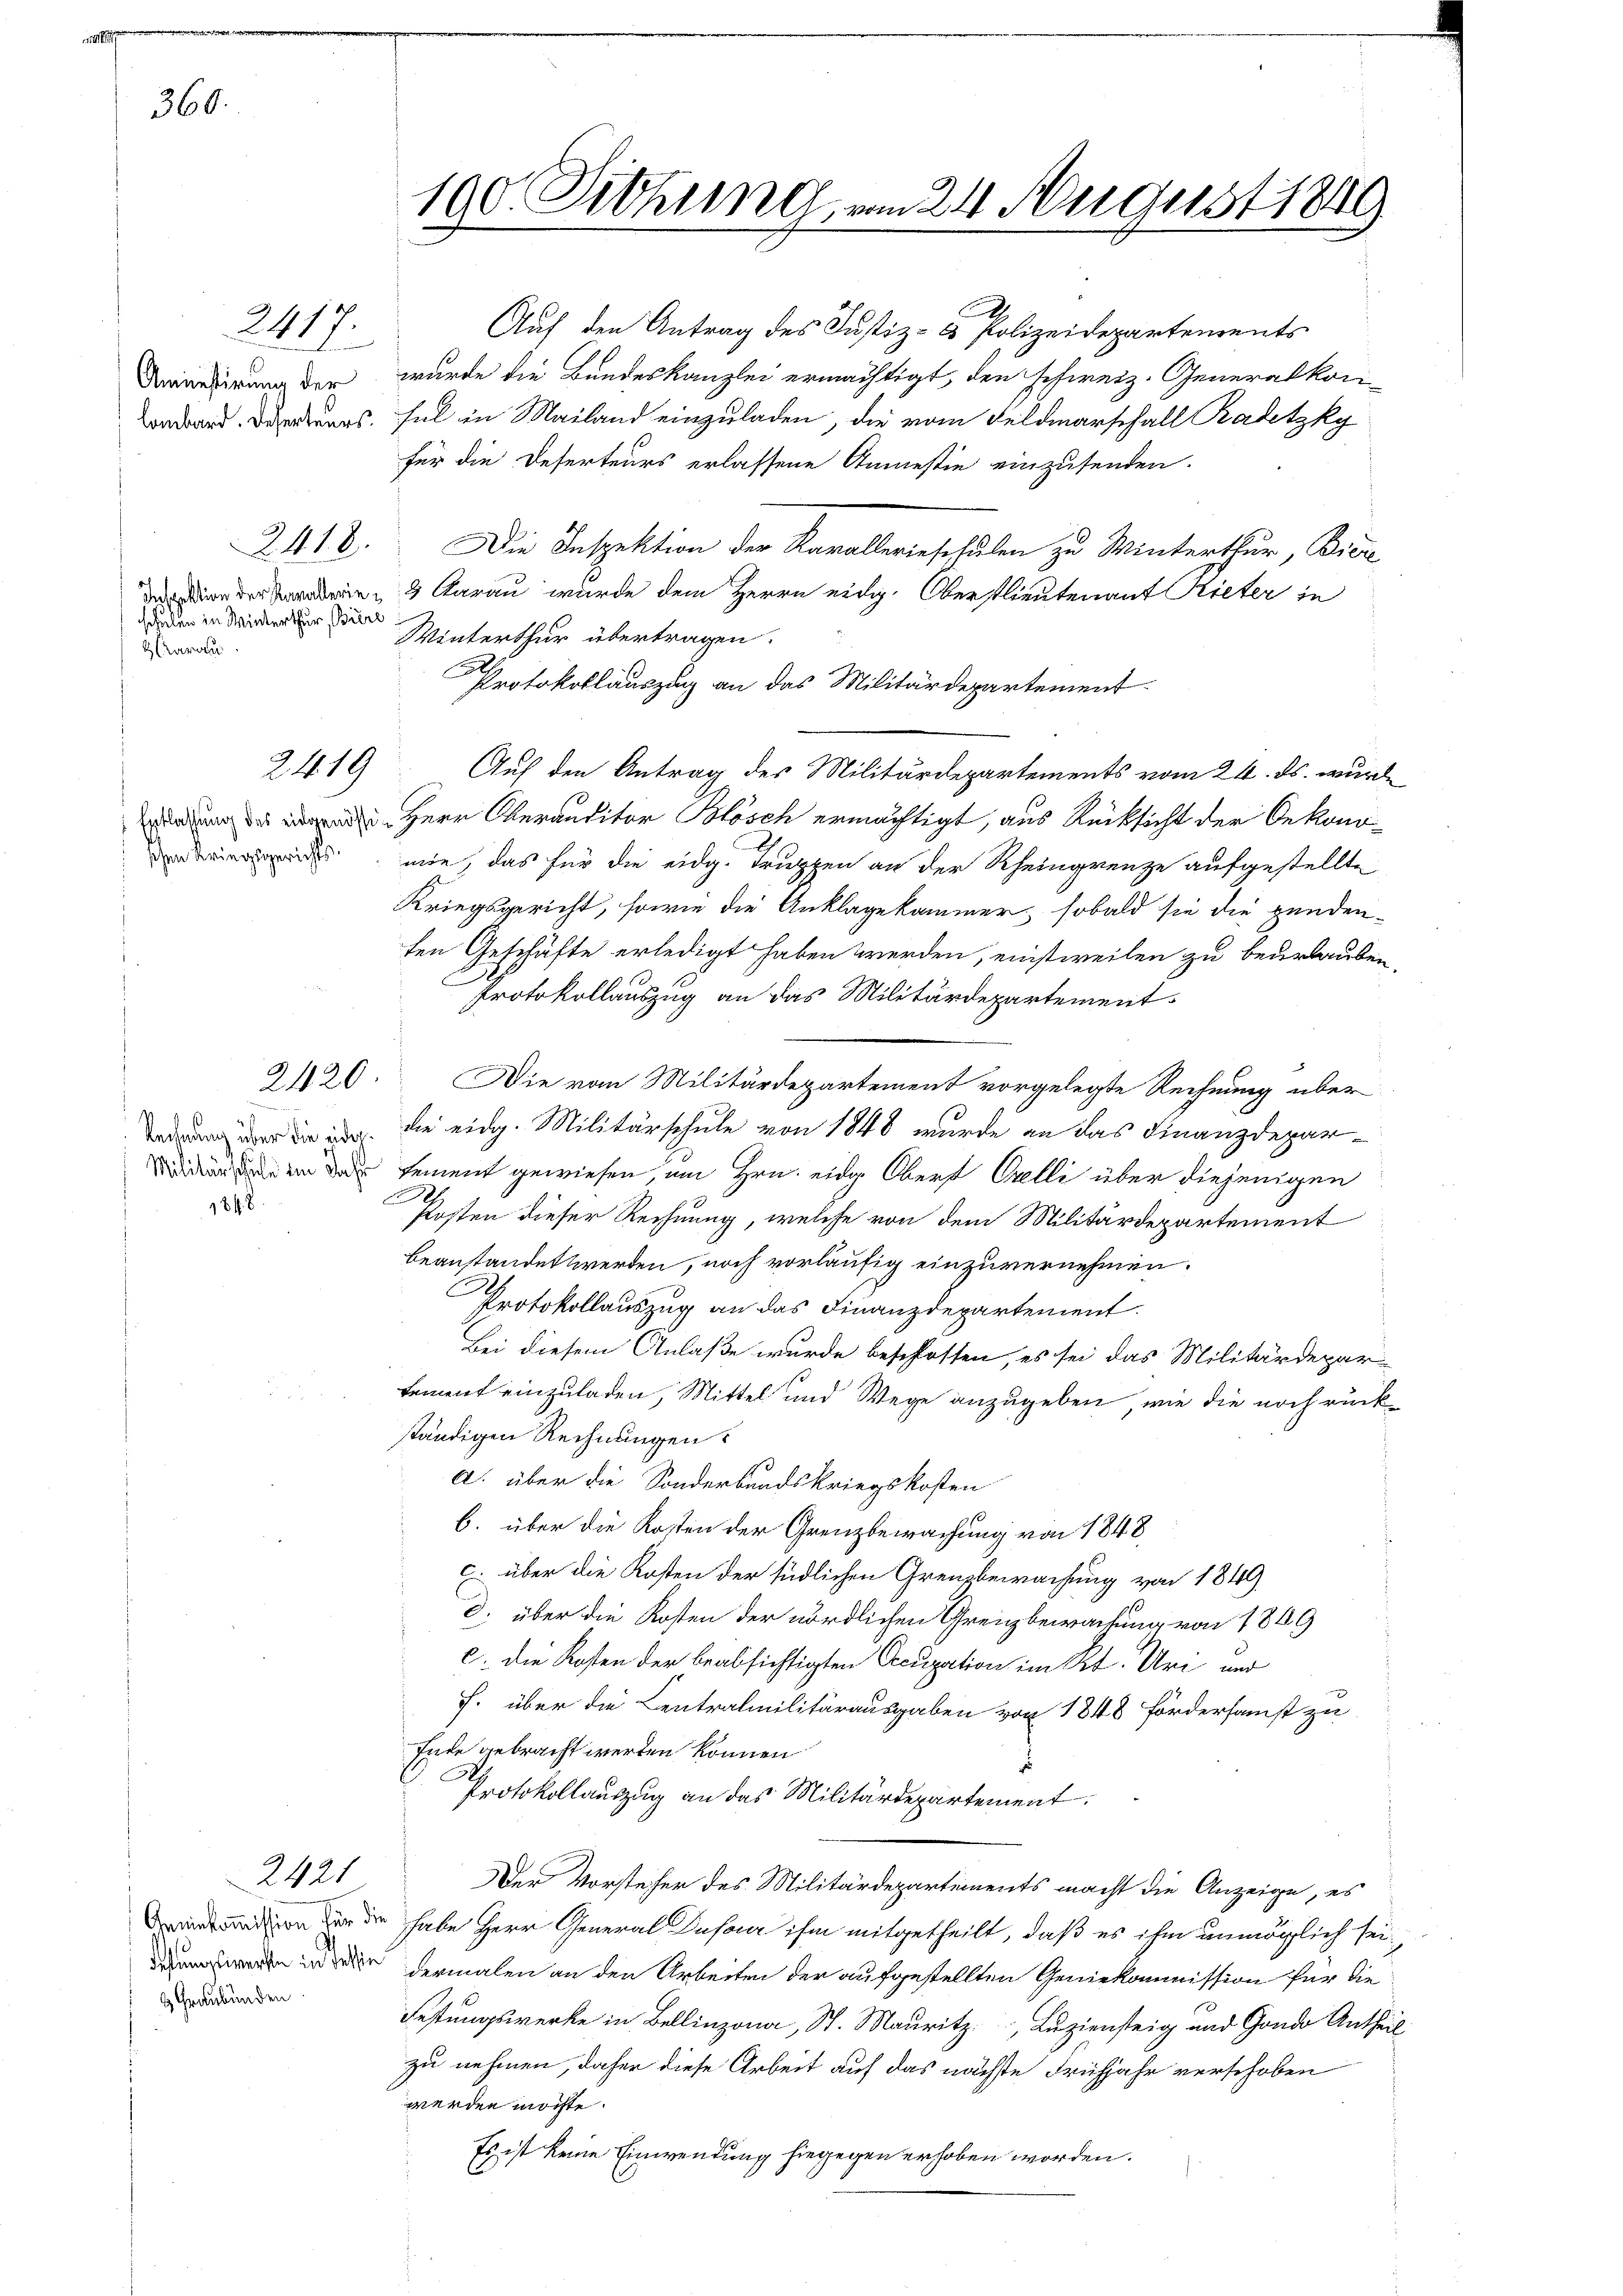
360.

schulen in Winterthur, Biere
Aarau

2417.
Amnestirung der

2418.

2419

18 f 8

1 Graubünden.

2421

190. Diehung vom 24. August 1849

.
Auf den Antrag des Justiz- & Polizeidepartements
wurde die Bundeskanzlei ermächtigt, den schweiz. Generalkonndord. Darungs fel in Mailand einzuladen, die vom Feldmarschall Radetzky
für die Deferteurs erlassene Anmestie einzusenden.
Die Inspektion der Karallerieschulen zu Winterthur, Biere
i der den & darau wurde dem Herrn eidg. Oberstlieutenant Rieter in
Winterthur übertragen.
Protokollauszug an das Militärdepartement
Auf den Antrag des Militärdepartements vom 24. ds. wurd
 Herr Oberanditor Blösch ermächtigt, aus Rücksicht der Oekono¬
 mie, das für die eidg. Truppen an der Rheingrenze aufgestellte
Kriegsgericht, sowie die Anklagekammer, sobald sie die Hundenten Geschäfte erledigt haben werden, einstweilen zu bederlauben,
Protokollauszug an das Militärdepartement
220. Die vom Militärdepartement vorgelegte Rechnung über
 der die die eidg. Militärschule von 1848 wurde an das Finanzdepareen der sement gewiesen um Hrn. eidg. Oberst Orelli über diejenigen
.
Kosten dieser Rechnung, welche von dem Militärdepartement
beanstandet werden, noch vorläufig einzuvernehmen.
Protokollauszug an das Finanzdepartement.
Bei diesem Anlaße wurde beschlossen, es sei das Militärdepartement einzuladen, Mittel und Wege anzugeben, wie die noch rück
ständigen Rechnungen.
A. über die Sonderbundskriegskosten
b. über die Kosten der Grenzbewachung von 1848
c. über die Kosten der südlichen Grenzbewachung von 1849
d. über die Kosten der nördlichen Grenzbewachung von 1849
c. Die Kosten der beabsichtigten Occupation im Kt. Uri und
F. über die Centralmilitärausgaben von 1848 Fördersamst zu
Ende gebracht werden können
u
Protokollauszug an das Militärdepartement
Der Vorsteher des Militärdepartements macht die Anzeige, es
ion in der habe Herr General Dufour ihm mitgetheilt, daß es ihm unmöglich sei¬
 dermalen an den Arbeiten der aufgestellten Geniekommission für die
Festungswerke in Bellinzona, St. Mauritz, Luziensteig und Gondo Antheil
zu nehmen, daher diese Arbeit auf das nächste Frühjahr verschoben
werden möchte.
Es ist keine Einwendung hiegegen erhoben worden.
C
.